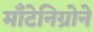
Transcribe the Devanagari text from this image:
माँटेनिग्रोने